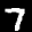
Label: 7